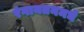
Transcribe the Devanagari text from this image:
रंगायतनमधे